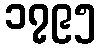
၁၇၉၅